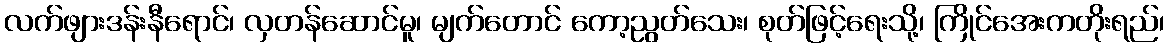
လက်ဖျားဒန်းနီရောင်၊ လှတန်ဆောင်မူ၊ မျက်တောင် ကော့ညွတ်သေး၊ စုတ်ဖြင့်ရေးသို့၊ ကြိုင်အေးကတိုးရည်၊